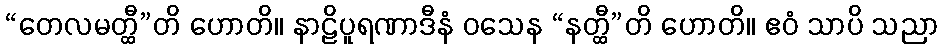
“တေလမတ္ထီ”တိ ဟောတိ။ နာဠိပူရဏာဒီနံ ဝသေန “နတ္ထီ”တိ ဟောတိ။ ဧဝံ သာပိ သညာ